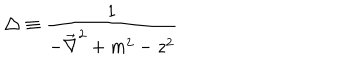
\triangle \equiv \frac { 1 } { - \vec { \nabla } ^ { 2 } + m ^ { 2 } - z ^ { 2 } }